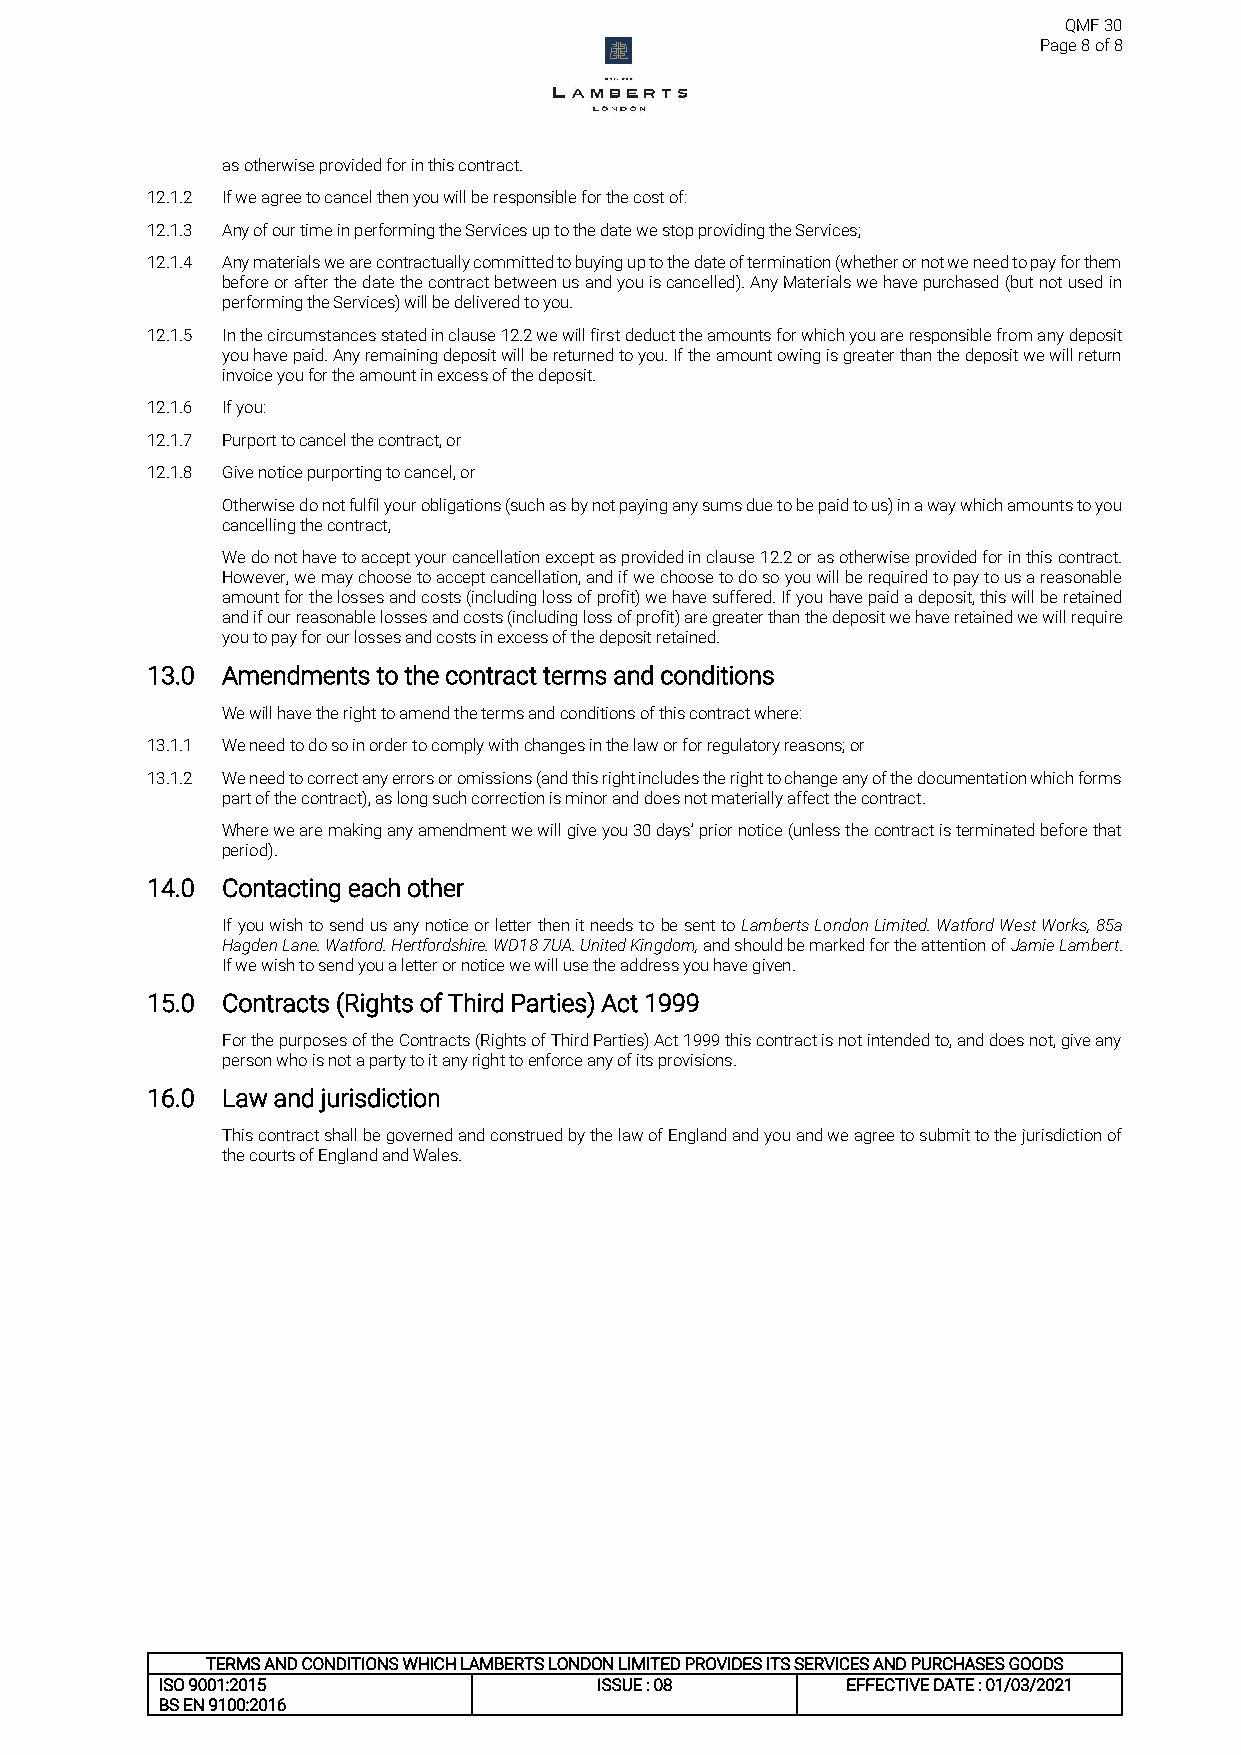
QMF 30
 Page 8 of 8
 as otherwise provided for in this contract.
 12.1.2 If we agree to cancel then you will be responsible for the cost of:
 12.1.3 Any of our time in performing the Services up to the date we stop providing the Services;
 12.1.4 Any materials we are contractually committed to buying up to the date of termination (whether or not we need to pay for them
 before or after the date the contract between us and you is cancelled). Any Materials we have purchased (but not used in
 performing the Services) will be delivered to you.
 12.1.5 In the circumstances stated in clause 12.2 we will first deduct the amounts for which you are responsible from any deposit
 you have paid. Any remaining deposit will be returned to you. If the amount owing is greater than the deposit we will return
 invoice you for the amount in excess of the deposit.
 12.1.6 If you:
 12.1.7 Purport to cancel the contract, or
 12.1.8 Give notice purporting to cancel, or
 Otherwise do not fulfil your obligations (such as by not paying any sums due to be paid to us) in a way which amounts to you
 cancelling the contract,
 We do not have to accept your cancellation except as provided in clause 12.2 or as otherwise provided for in this contract.
 However, we may choose to accept cancellation, and if we choose to do so you will be required to pay to us a reasonable
 amount for the losses and costs (including loss of profit) we have suffered. If you have paid a deposit, this will be retained
 and if our reasonable losses and costs (including loss of profit) are greater than the deposit we have retained we will require
 you to pay for our losses and costs in excess of the deposit retained.
 13.0 Amendments to the contract terms and conditions
 We will have the right to amend the terms and conditions of this contract where:
 13.1.1 We need to do so in order to comply with changes in the law or for regulatory reasons; or
 13.1.2 We need to correct any errors or omissions (and this right includes the right to change any of the documentation which forms
 part of the contract), as long such correction is minor and does not materially affect the contract.
 Where we are making any amendment we will give you 30 days’ prior notice (unless the contract is terminated before that
 period).
 14.0 Contacting each other
 If you wish to send us any notice or letter then it needs to be sent to Lamberts London Limited. Watford West Works, 85a
 Hagden Lane. Watford. Hertfordshire. WD18 7UA. United Kingdom, and should be marked for the attention of Jamie Lambert.
 If we wish to send you a letter or notice we will use the address you have given.
 15.0 Contracts (Rights of Third Parties) Act 1999
 For the purposes of the Contracts (Rights of Third Parties) Act 1999 this contract is not intended to, and does not, give any
 person who is not a party to it any right to enforce any of its provisions.
 16.0 Law and jurisdiction
 This contract shall be governed and construed by the law of England and you and we agree to submit to the jurisdiction of
 the courts of England and Wales.
 TERMS AND CONDITIONS WHICH LAMBERTS LONDON LIMITED PROVIDES ITS SERVICES AND PURCHASES GOODS
 ISO 9001:2015                ISSUE : 08      EFFECTIVE DATE : 01/03/2021
 BS EN 9100:2016